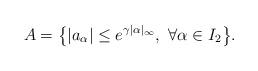
LaTeX: \begin{align*} A=\bigl\{ |a_\alpha|\leq e^{\gamma |\alpha|_\infty},\ \forall\alpha\in I_2 \bigr\}.\end{align*}